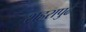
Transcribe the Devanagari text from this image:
शहरापुढे